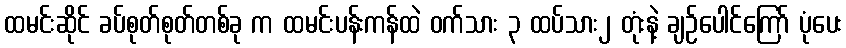
ထမင်းဆိုင် ခပ်စုတ်စုတ်တစ်ခု က ထမင်းပန်းကန်ထဲ ဝက်သား ၃ ထပ်သား၂ တုံးနဲ့ ချဉ်ပေါင်ကြော် ပုံပေး